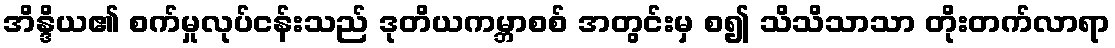
အိန္ဒိယ၏ စက်မှုလုပ်ငန်းသည် ဒုတိယကမ္ဘာစစ် အတွင်းမှ စ၍ သိသိသာသာ တိုးတက်လာရာ